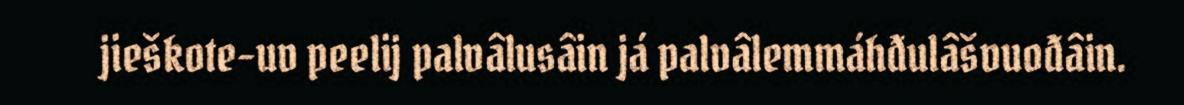
jieškote-uv peelij palvâlusâin já palvâlemmáhđulâšvuođâin.